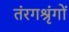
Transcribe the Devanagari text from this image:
तंरगश्रृंगों